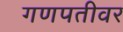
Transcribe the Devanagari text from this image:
गणपतीवर